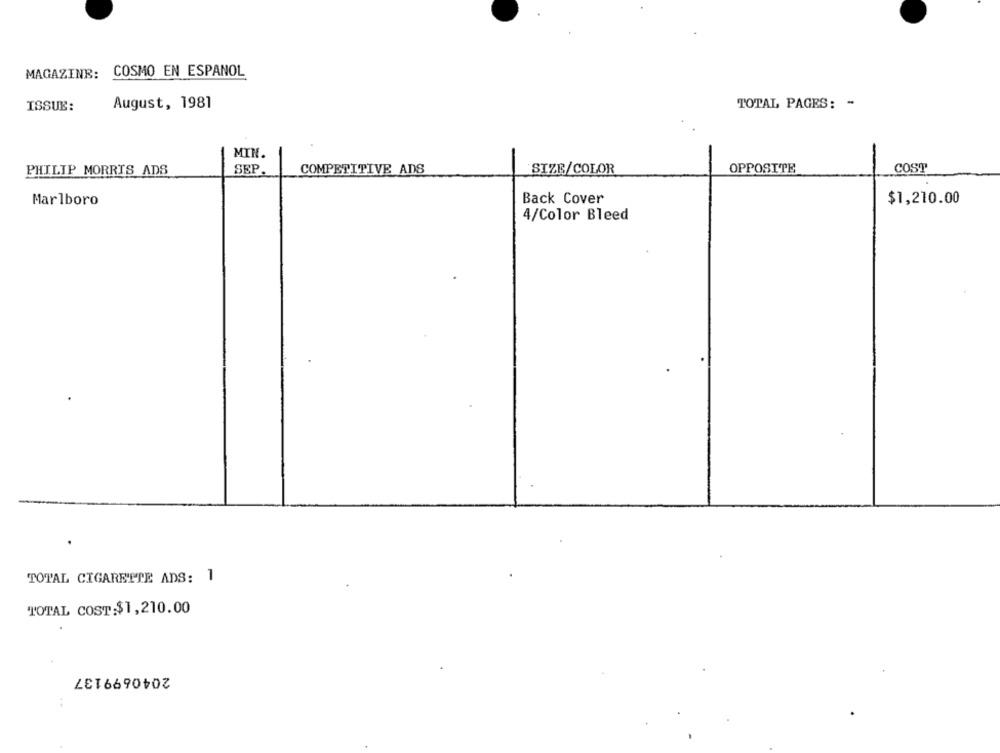
MAGAZINE: COSMO EN ESPANOL
August, 1981
TOTAL PAGES: -
ISSUE:
MIN.
PHILIP MORRIS ADS
SEP.
COMPETITIVE ADS
SIZE/COLOR
OPPOSITE
COST
Marlboro
Back Cover
$1,210.00
4/Color Bleed
TOTAL CIGARETTE ADS: 1
TOTAL COST:$1,210.00
2040699137